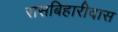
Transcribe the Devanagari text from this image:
रासबिहारीदास